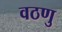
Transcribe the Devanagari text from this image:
वठणु